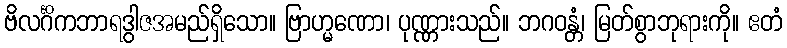
ဗိလင်္ဂိကဘာရဒွါဇအမည်ရှိသော။ ဗြာဟ္မဏော၊ ပုဏ္ဏားသည်။ ဘဂဝန္တံ၊ မြတ်စွာဘုရားကို။ ဧတံ